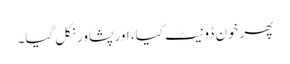
پھر خون ڈونیٹ کیا، اور پشاور نکل گیا۔